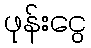
ဖုန်းငွေ